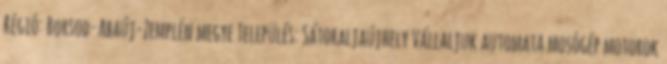
Régió: Borsod-Abaúj-Zemplén megye Település: Sátoraljaújhely Vállaljuk automata mosógép motorok